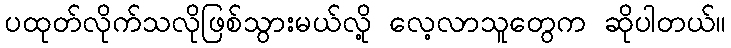
ပထုတ်လိုက်သလိုဖြစ်သွားမယ်လို့ လေ့လာသူတွေက ဆိုပါတယ်။